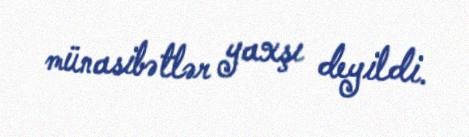
münasibətlər yaxşı deyildi.